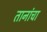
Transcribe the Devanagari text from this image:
तानांचा